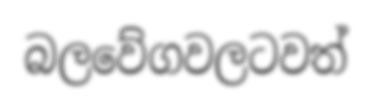
බලවේගවලටවත්